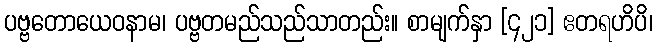
ပဗ္ဗတောယေဝနာမ၊ ပဗ္ဗတမည်သည်သာတည်း။ စာမျက်နှာ [၄၂၁] ဧတရဟိပိ၊